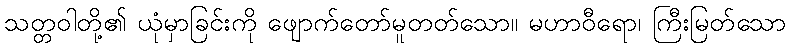
သတ္တဝါတို့၏ ယုံမှာခြင်းကို ဖျောက်တော်မူတတ်သော။ မဟာဝီရော၊ ကြီးမြတ်သော